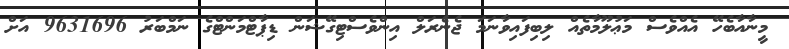
މީނާއާބެހޭ އެއްވެސް މަޢުލޫމާތެއް ލިބިފައިވާނަމަ ޖެނެރަލް އިންވެސްޓިގޭޝަން ޑިޕާޓްމަންޓްގެ ނަމްބަރު 9631696 އަށް